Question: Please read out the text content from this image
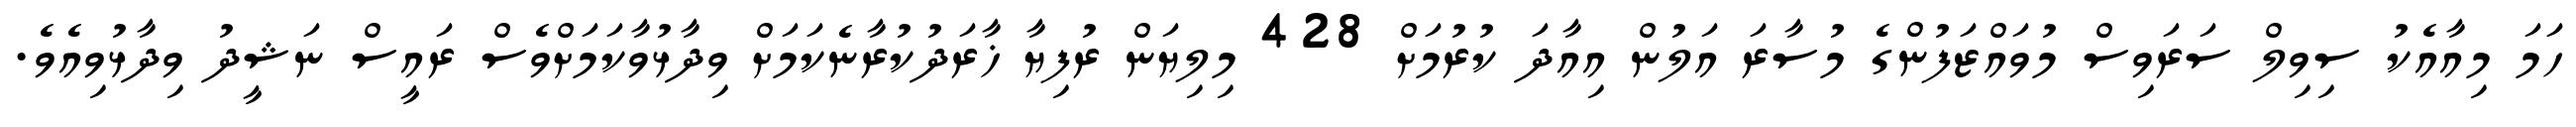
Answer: ހަމަ މިއާއެކު ސިވިލް ސަރަވިސް މުވައްޒަފުންގެ މުސާރަ އަލުން އިއާދަ ކުރުމަށް 428 މިލިޔަން ރުފިޔާ ޚާރަދުކުރާނެކަމަށް ވިދާޅުވާކަމަށްވެސް ރައީސް ނަޝީދު ވިދާޅުވިއެވެ.